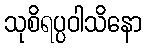
သုစိရပ္ပဝါသိနော